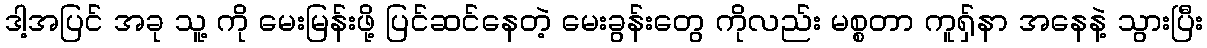
ဒါ့အပြင် အခု သူ့ ကို မေးမြန်းဖို့ ပြင်ဆင်နေတဲ့ မေးခွန်းတွေ ကိုလည်း မစ္စတာ ကူရှ်နာ အနေနဲ့ သွားပြီး